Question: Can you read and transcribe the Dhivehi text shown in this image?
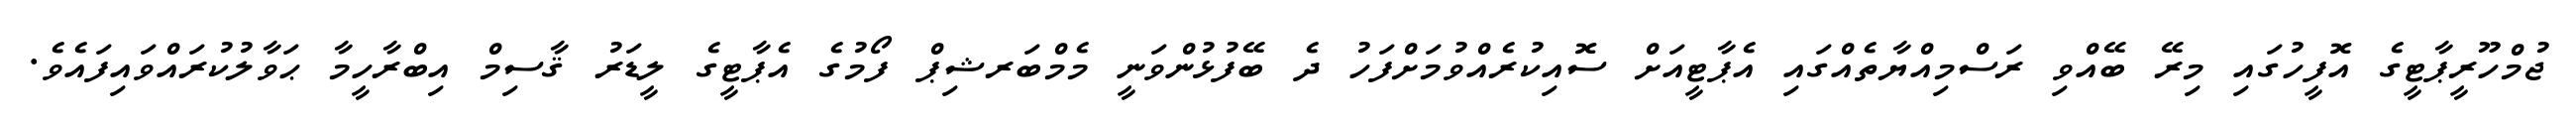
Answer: ޖުމްހޫރީޕާޓީގެ އޮފީހުގައި މިރޭ ބޭއްވި ރަސްމިއްޔާތެއްގައި އެޕާޓީއަށް ސޮއިކުރެއްވުމަށްފަހު ދެ ބޭފުޅުންވަނީ މެމްބަރޝިޕް ފޯމުގެ އެޕާޓީގެ ލީޑަރު ޤާސިމް އިބްރާހީމާ ޙަވާލުކުރައްވައިފައެވެ.